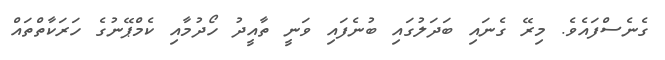
ގެނެސްފައެވެ. މިރޭ ގެނައި ބަދަލުގައި ބުނެފައި ވަނީ ތާއީދު ހޯދުމާއި ކެމްޕޭނުގެ ހަރަކާތްތައް